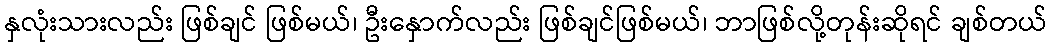
နှလုံးသားလည်း ဖြစ်ချင် ဖြစ်မယ်၊ ဦးနှောက်လည်း ဖြစ်ချင်ဖြစ်မယ်၊ ဘာဖြစ်လို့တုန်းဆိုရင် ချစ်တယ်